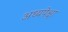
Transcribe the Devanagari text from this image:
अध्यपेक्षा